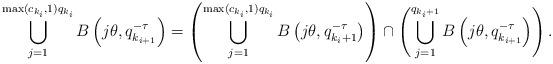
LaTeX: \begin{align*}\bigcup_{j=1}^{\max(c_{k_i},1) q_{k_i}} B \left( j\theta ,q_{k_{i+1}}^{-\tau} \right) &= \left( \bigcup_{j=1}^{\max(c_{k_i},1) q_{k_i}} B \left( j\theta ,q_{k_{i}+1}^{-\tau} \right) \right)\cap \left( \bigcup_{j=1}^{q_{k_{i}+1}} B \left( j\theta ,q_{k_{i+1}}^{-\tau} \right) \right).\end{align*}